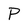
Character: P